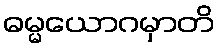
ဓမ္မယောဂမှာတိ